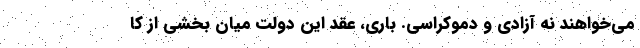
می‌خواهند نه آزادی و دموکراسی. باری، عقد این دولت میان بخشی از کا